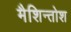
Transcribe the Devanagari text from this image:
मैशिन्तोश